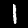
Label: 1